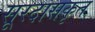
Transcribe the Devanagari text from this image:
सूरदासकृत